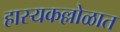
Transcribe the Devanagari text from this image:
हास्यकल्लोळात